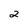
Character: 2